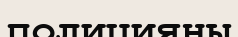
полицияны